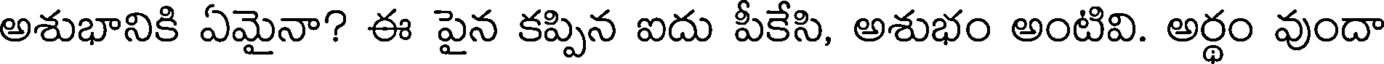
అశుభానికి ఏమైనా? ఈ పైన కప్పిన ఐదు పీకేసి, అశుభం అంటివి. అర్థం వుందా